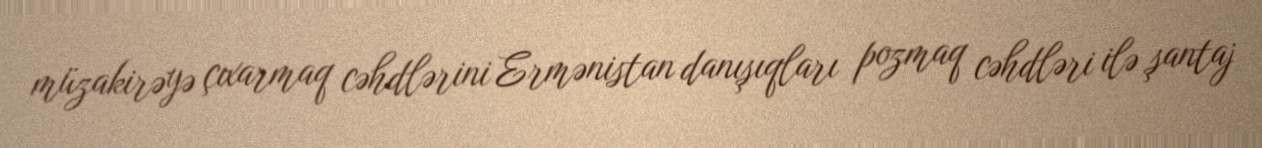
müzakirəyə çıxarmaq cəhdlərini Ermənistan danışıqları pozmaq cəhdləri ilə şantaj